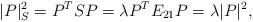
LaTeX: \begin{align*}|P|^2_S = P^T S P = \lambda P^T E_{21}P = \lambda |P|^2,\end{align*}